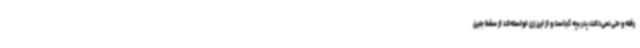
رفته و حتی نمی‌دانند پدر بچه کجاست و از این زن خواسته‌اند از سقط جنین